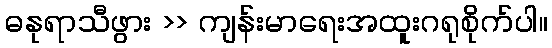
ဓနုရာသီဖွား >> ကျန်းမာရေးအထူးဂရုစိုက်ပါ။